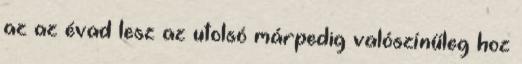
az az évad lesz az utolsó márpedig valószínűleg hoz